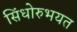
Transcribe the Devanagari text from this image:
सिंधोरुभयत